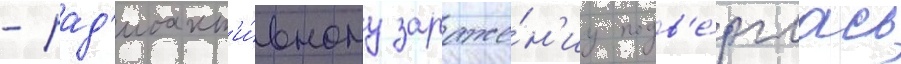
- рад'иоакт'и́вному зараже́н'иу подв'е́рглась